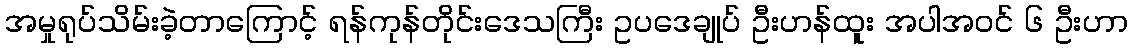
အမှုရုပ်သိမ်းခဲ့တာကြောင့် ရန်ကုန်တိုင်းဒေသကြီး ဥပဒေချုပ် ဦးဟန်ထူး အပါအဝင် ၆ ဦးဟာ